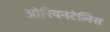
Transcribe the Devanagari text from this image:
ओरियनटेलिस